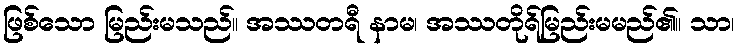
ဖြစ်သော မြည်းမသည်။ အဿတရီ နာမ၊ အဿတိုရ်မြည်းမမည်၏။ သာ၊